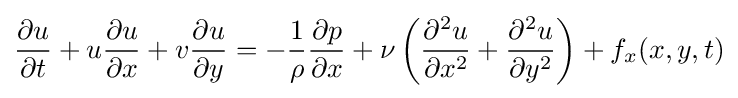
{\frac {\partial u}{\partial t}}+u{\frac {\partial u}{\partial x}}+v{\frac {\partial u}{\partial y}}=-{\frac {1}{\rho }}{\frac {\partial p}{\partial x}}+\nu \left({\frac {\partial ^{2}u}{\partial x^{2}}}+{\frac {\partial ^{2}u}{\partial y^{2}}}\right)+f_{x}(x,y,t)